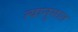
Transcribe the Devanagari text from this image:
त्यानुसात